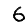
Digit: 6